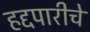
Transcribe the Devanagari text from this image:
हद्दपारीचे